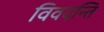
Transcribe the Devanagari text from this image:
विवदन्ति